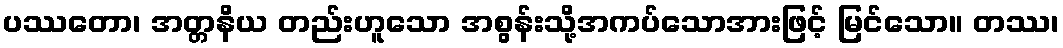
ပဿတော၊ အတ္တနိယ တည်းဟူသော အစွန်းသို့အကပ်သောအားဖြင့် မြင်သော။ တဿ၊